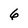
Character: 6